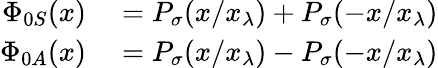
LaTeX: \begin{array}{rl}{\Phi_{0S}(x)}&{{}=P_{\sigma}(x/x_{\lambda})+P_{\sigma}(-x/x_{\lambda})}\\ {\Phi_{0A}(x)}&{{}=P_{\sigma}(x/x_{\lambda})-P_{\sigma}(-x/x_{\lambda})}\end{array}